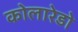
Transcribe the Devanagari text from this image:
कोलारेडो